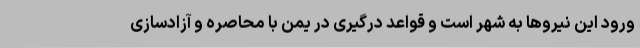
ورود این نیروها به شهر است و قواعد درگیری در یمن با محاصره و آزادسازی